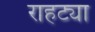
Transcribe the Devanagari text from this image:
राहट्या